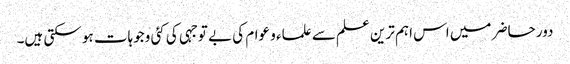
دور حاضر میں اس اہم ترین علم سے علماء و عوام کی بے توجہی کی کئی وجوہات ہو سکتی ہیں۔